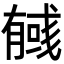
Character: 𢒰